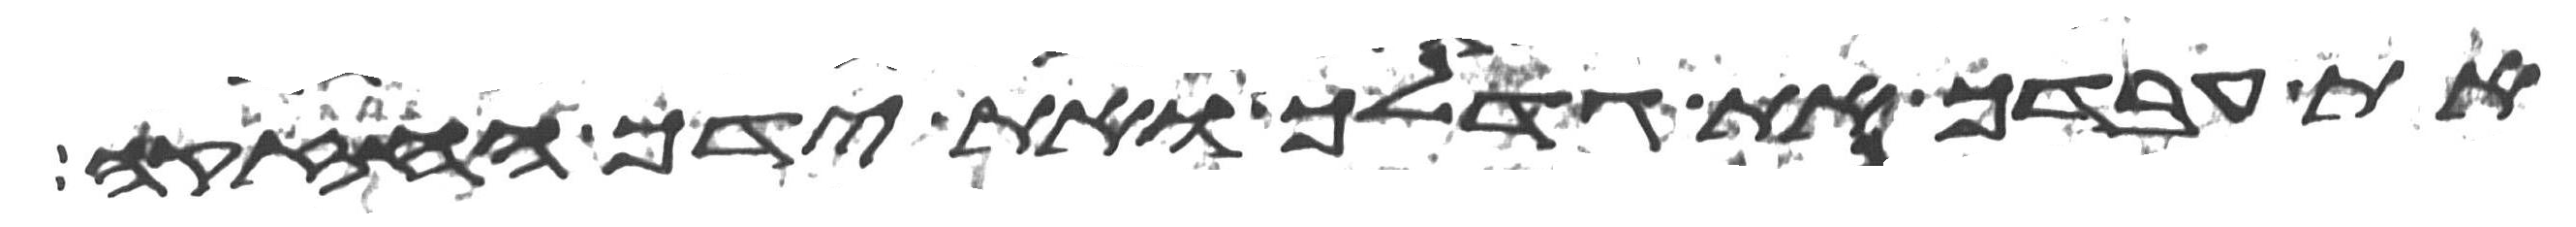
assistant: את עבדך את גדלך ואת ידך החזקה